Vaccination in Bombay 1874-1876 - 1874-1876
Year: 1874
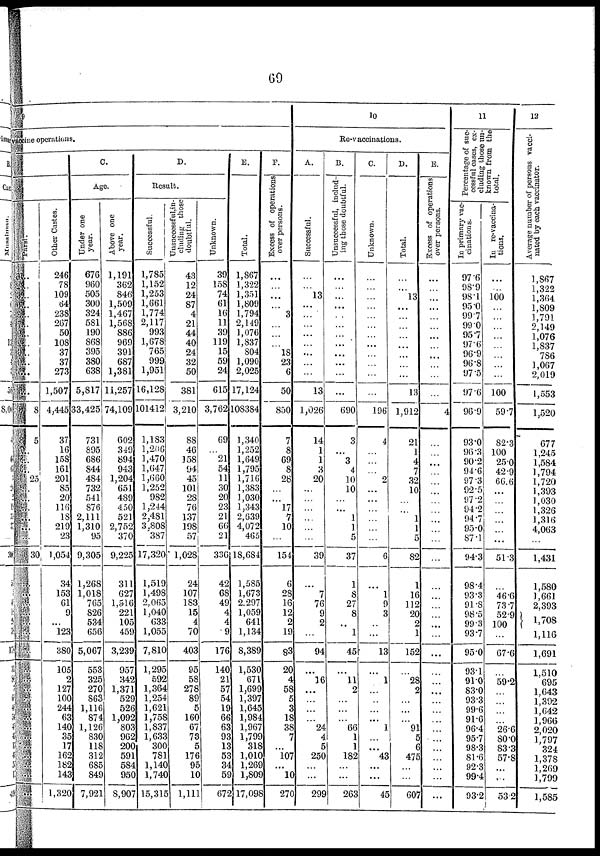
69
vaccine operations.
Parsi.
...
...
...
...
...
...
...
...
...
...
...
...
8
5
...
...
...
25
...
...
...
...
...
...
30
Other Castes.
246
78
109
64
238
267
50
108
37
37
273
1,507
4,445
37
16
158
161
201
85
20
116
18
219
23
1,054
34
153
61
9
...
123
380
105
2
127
100
244
63
140
35
17
162
182
143
1,320
C.
Age.
Under one
year.
676
960
505
300
324
581
190
868
395
380
638
5,817
33,425
731
895
686
844
484
732
541
876
2,111
1,310
95
9,305
1,268
1,018
765
826
534
656
5,067
553
325
270
863
1,116
874
1,126
830
118
312
685
849
7,921
Above one
year.
1,191
362
846
1,509
1,467
1,568
886
969
391
687
1,381
11,257
74,109
602
349
894
943
1,204
651
489
450
521
2,752
370
9,225
311
627
1,516
221
105
459
3,239
957
342
1,371
529
526
1,092
803
962
200
591
584
950
8,907
D.
Result.
Successful.
1,785
1,152
1,253
1,661
1,774
2,117
993
1,678
765
999
1,951
16,128
101412
1,183
1,206
1,470
1,647
1,660
1,252
982
1,244
2,481
3,808
387
17,320
1,519
1,498
2,065
1,040
633
1,055
7,810
1,295
592
1,364
1,254
1,621
1,758
1,837
1,633
300
781
1,140
1,74C
15,.315
Unsuccessful,in¬
eluding those
doubtful.
43
12
24
87
4
21
44
40
24
32
50
381
3,210
88
46
158
94
45
101
28
76
137
198
57
1,028
24
107
183
15
4
70
403
95
58
278
89
5
160
67
73
5
176
95
10
1,111
Unknown.
39
158
74
61
16
11
39
119
15
59
24
615
3,762
69
...
21
54
11
30
20
23
21
66
21
336
42
68
49
4
4
9
176
140
21
57
54
19
66
63
93
13
53
34
59
675
E.
Total.
1,867
1,322
1,351
1,809
1,794
2,149
1,076
1,837
804
1,090
2,025
17,124
108384
1,340
1,252
1,649
1,795
1,716
1,383
1,030
1,343
2,639
4,072
465
18,684
1,585
1,673
2,297
1,059
641
1,134
8,389
1,530
671
1,699
1,397
1,645
1,984
1,967
1,799
318
1,010
1,269
1,809
17,098
F.
Excess of operations
over persons.
...
...
...
...
3
...
...
...
18
23
6
50
850
7
8
69
8
28
...
...
17
7
10
...
154
6
28
16
12
2
19
83
20
4
58
5
3
18
38
7
...
107
...
10
270
10
Re-vaccinations.
A.
Successful.
...
...
13
...
...
...
...
...
...
...
...
13
1,026
14
1
1
3
20
...
...
...
...
...
...
39
...
7
76
9
2
...
94
...
16
...
...
...
...
24
4
5
250
...
...
299
B.
Unsuccessful, includ-
ing those doubtful.
...
...
...
...
...
...
...
...
...
...
...
...
690
3
...
3
4
10
10
...
...
1
1
5
37
1
8
27
8
...
1
45
...
11
2
...
...
...
66
1
1
182
...
...
263
C.
Unknown.
...
...
...
...
...
...
...
...
...
...
...
...
196
4
...
...
...
2
...
...
...
...
...
...
6
...
1
9
3
...
...
13
...
1
...
...
...
...
1
...
...
43
...
...
45
D.
Total.
...
...
13
...
...
...
...
...
...
...
......
13
1,912
21
1
4
7
32
10
...
...
1
1
5
82
1
16
112
20
2
1
152
...
28
2
...
...
...
91
5
6
475
...
...
607
E.
Excess of operations
over persons.
...
...
...
...
...
...
...
...
...
...
...
...
4
...
...
...
...
...
...
...
...
...
...
...
...
...
...
...
...
...
...
...
...
...
...
...
...
...
...
...
...
...
...
...
11
Percentage of suc-
cessful cases, ex-
cluding those un-
known from the
total.
In primary vac-
cinations.
97.6
98.9
98.1
95.0
99.7
99.0
95.7
97.6
96.9
96.8
97.5
97.6
96.9
93.0
96.3
90.2
94.6
97.3
92.5
97.2
94.2
94.7
95.0
87.1
94.3
98.4
93.3
91.8
98.5
99.3
93.7
95.0
93.1
910
83.0
93.3
99.6
91.6
96.4
95.7
98.3
81.6
92.3
99.4
93.2
In re-vaccina-
tions.
...
...
100
...
...
...
...
...
...
...
...
100
59.7
82.3
100
25.0
42.9
66.6
...
...
...
...
...
...
51.3
...
46.6
73.7
52.9
100
...
67.6
...
59.2
...
...
...
...
26.6
80.0
83.3
57.8
...
...
53.2
12
Average number of persons vacci-
nated by each vaccinator.
1,867
1,322
1,364
1,809
1,791
2,149
1,076
1,837
786
1,067
2,019
1,553
1,520
677
1,245
1,584
1,794
1,720
1,393
1,030
1,326
1,316
4,063
...
1,431
1,580
1,661
2,393
1,708
1,116
1,691
1,510
695
1,643
1,392
1,642
1,966
2,020
1,797
324
1,378
1,269
1,799
1,585